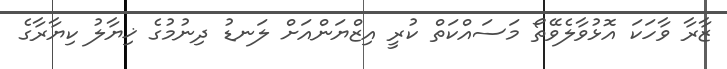
ޒާރާ ވާހަކަ އޮޅުވާލެވޭތޯ މަސައްކަތް ކުރީ އިޒްޔަންއަށް ލަނޑު ދިނުމުގެ ޚިޔާލު ކިޔާރާގެ